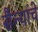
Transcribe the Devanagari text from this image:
सैन्यांचे